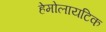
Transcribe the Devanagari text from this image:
हेमोलायटिक